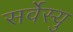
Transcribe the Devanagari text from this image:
सर्वेस्यु